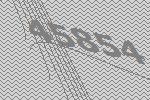
45854